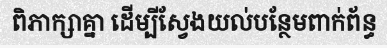
ពិភាក្សាគ្នា ដើម្បីស្វែងយល់បន្ថែមពាក់ព័ន្ធ